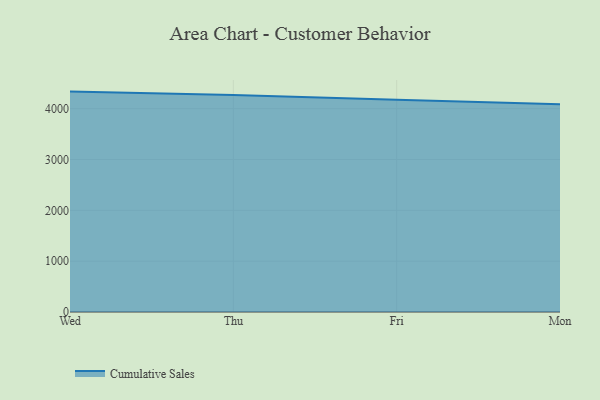
{"axis": {"x": "Day", "y": "Shipments"}, "legend": ["Cumulative Sales"], "data": [{"x": "Wed", "y": 4334.7, "type": "Cumulative Sales"}, {"x": "Thu", "y": 4269.8, "type": "Cumulative Sales"}, {"x": "Fri", "y": 4175.7, "type": "Cumulative Sales"}, {"x": "Mon", "y": 4085.4, "type": "Cumulative Sales"}]}